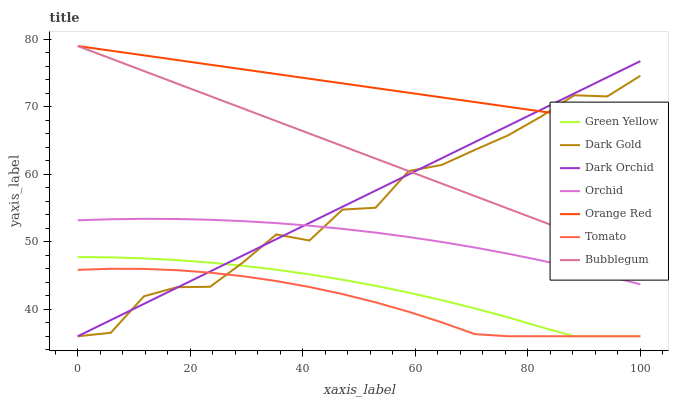
| xaxis_label | Green Yellow | Dark Gold | Dark Orchid | Orchid | Orange Red | Tomato | Bubblegum |
 | --- | --- | --- | --- | --- | --- | --- | --- |
 | 0 | 47.7 | 36 | 36 | 53.2 | 79 | 45.8 | 79 |
 | 5.88 | 47.7 | 36.5 | 38.4 | 53.3 | 78.3 | 46 | 77.1 |
 | 11.8 | 47.5 | 41.9 | 40.8 | 53.4 | 77.6 | 46 | 75.3 |
 | 17.6 | 47.3 | 43.3 | 43.2 | 53.4 | 76.9 | 45.8 | 73.4 |
 | 23.5 | 46.9 | 43.3 | 45.6 | 53.3 | 76.2 | 45.4 | 71.6 |
 | 29.4 | 46.4 | 47 | 48 | 53.1 | 75.5 | 44.9 | 69.7 |
 | 35.3 | 45.9 | 51.1 | 50.4 | 52.8 | 74.8 | 44.2 | 67.9 |
 | 41.2 | 45.2 | 50.2 | 52.8 | 52.4 | 74.2 | 43.3 | 66 |
 | 47.1 | 44.4 | 54.8 | 55.2 | 51.9 | 73.5 | 42.2 | 64.2 |
 | 52.9 | 43.5 | 55 | 57.6 | 51.4 | 72.8 | 41 | 62.3 |
 | 58.8 | 42.5 | 60.5 | 60 | 50.7 | 72.1 | 39.6 | 60.5 |
 | 64.7 | 41.3 | 61.4 | 62.4 | 50 | 71.4 | 38.1 | 58.6 |
 | 70.6 | 40.1 | 63.6 | 64.8 | 49.1 | 70.7 | 36.3 | 56.8 |
 | 76.5 | 38.8 | 65.8 | 67.2 | 48.2 | 70 | 36 | 54.9 |
 | 82.4 | 37.4 | 68.5 | 69.6 | 47.2 | 69.3 | 36 | 53.1 |
 | 88.2 | 36 | 71.7 | 72 | 46.1 | 68.6 | 36 | 51.2 |
 | 94.1 | 36 | 71.5 | 74.4 | 45 | 67.9 | 36 | 49.4 |
 | 100 | 36 | 74.6 | 76.8 | 43.7 | 67.2 | 36 | 47.5 |